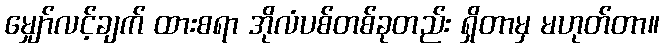
မျှော်လင့်ချက် ထားစရာ အိုလံပစ်တစ်ခုတည်း ရှိတာမှ မဟုတ်တာ။